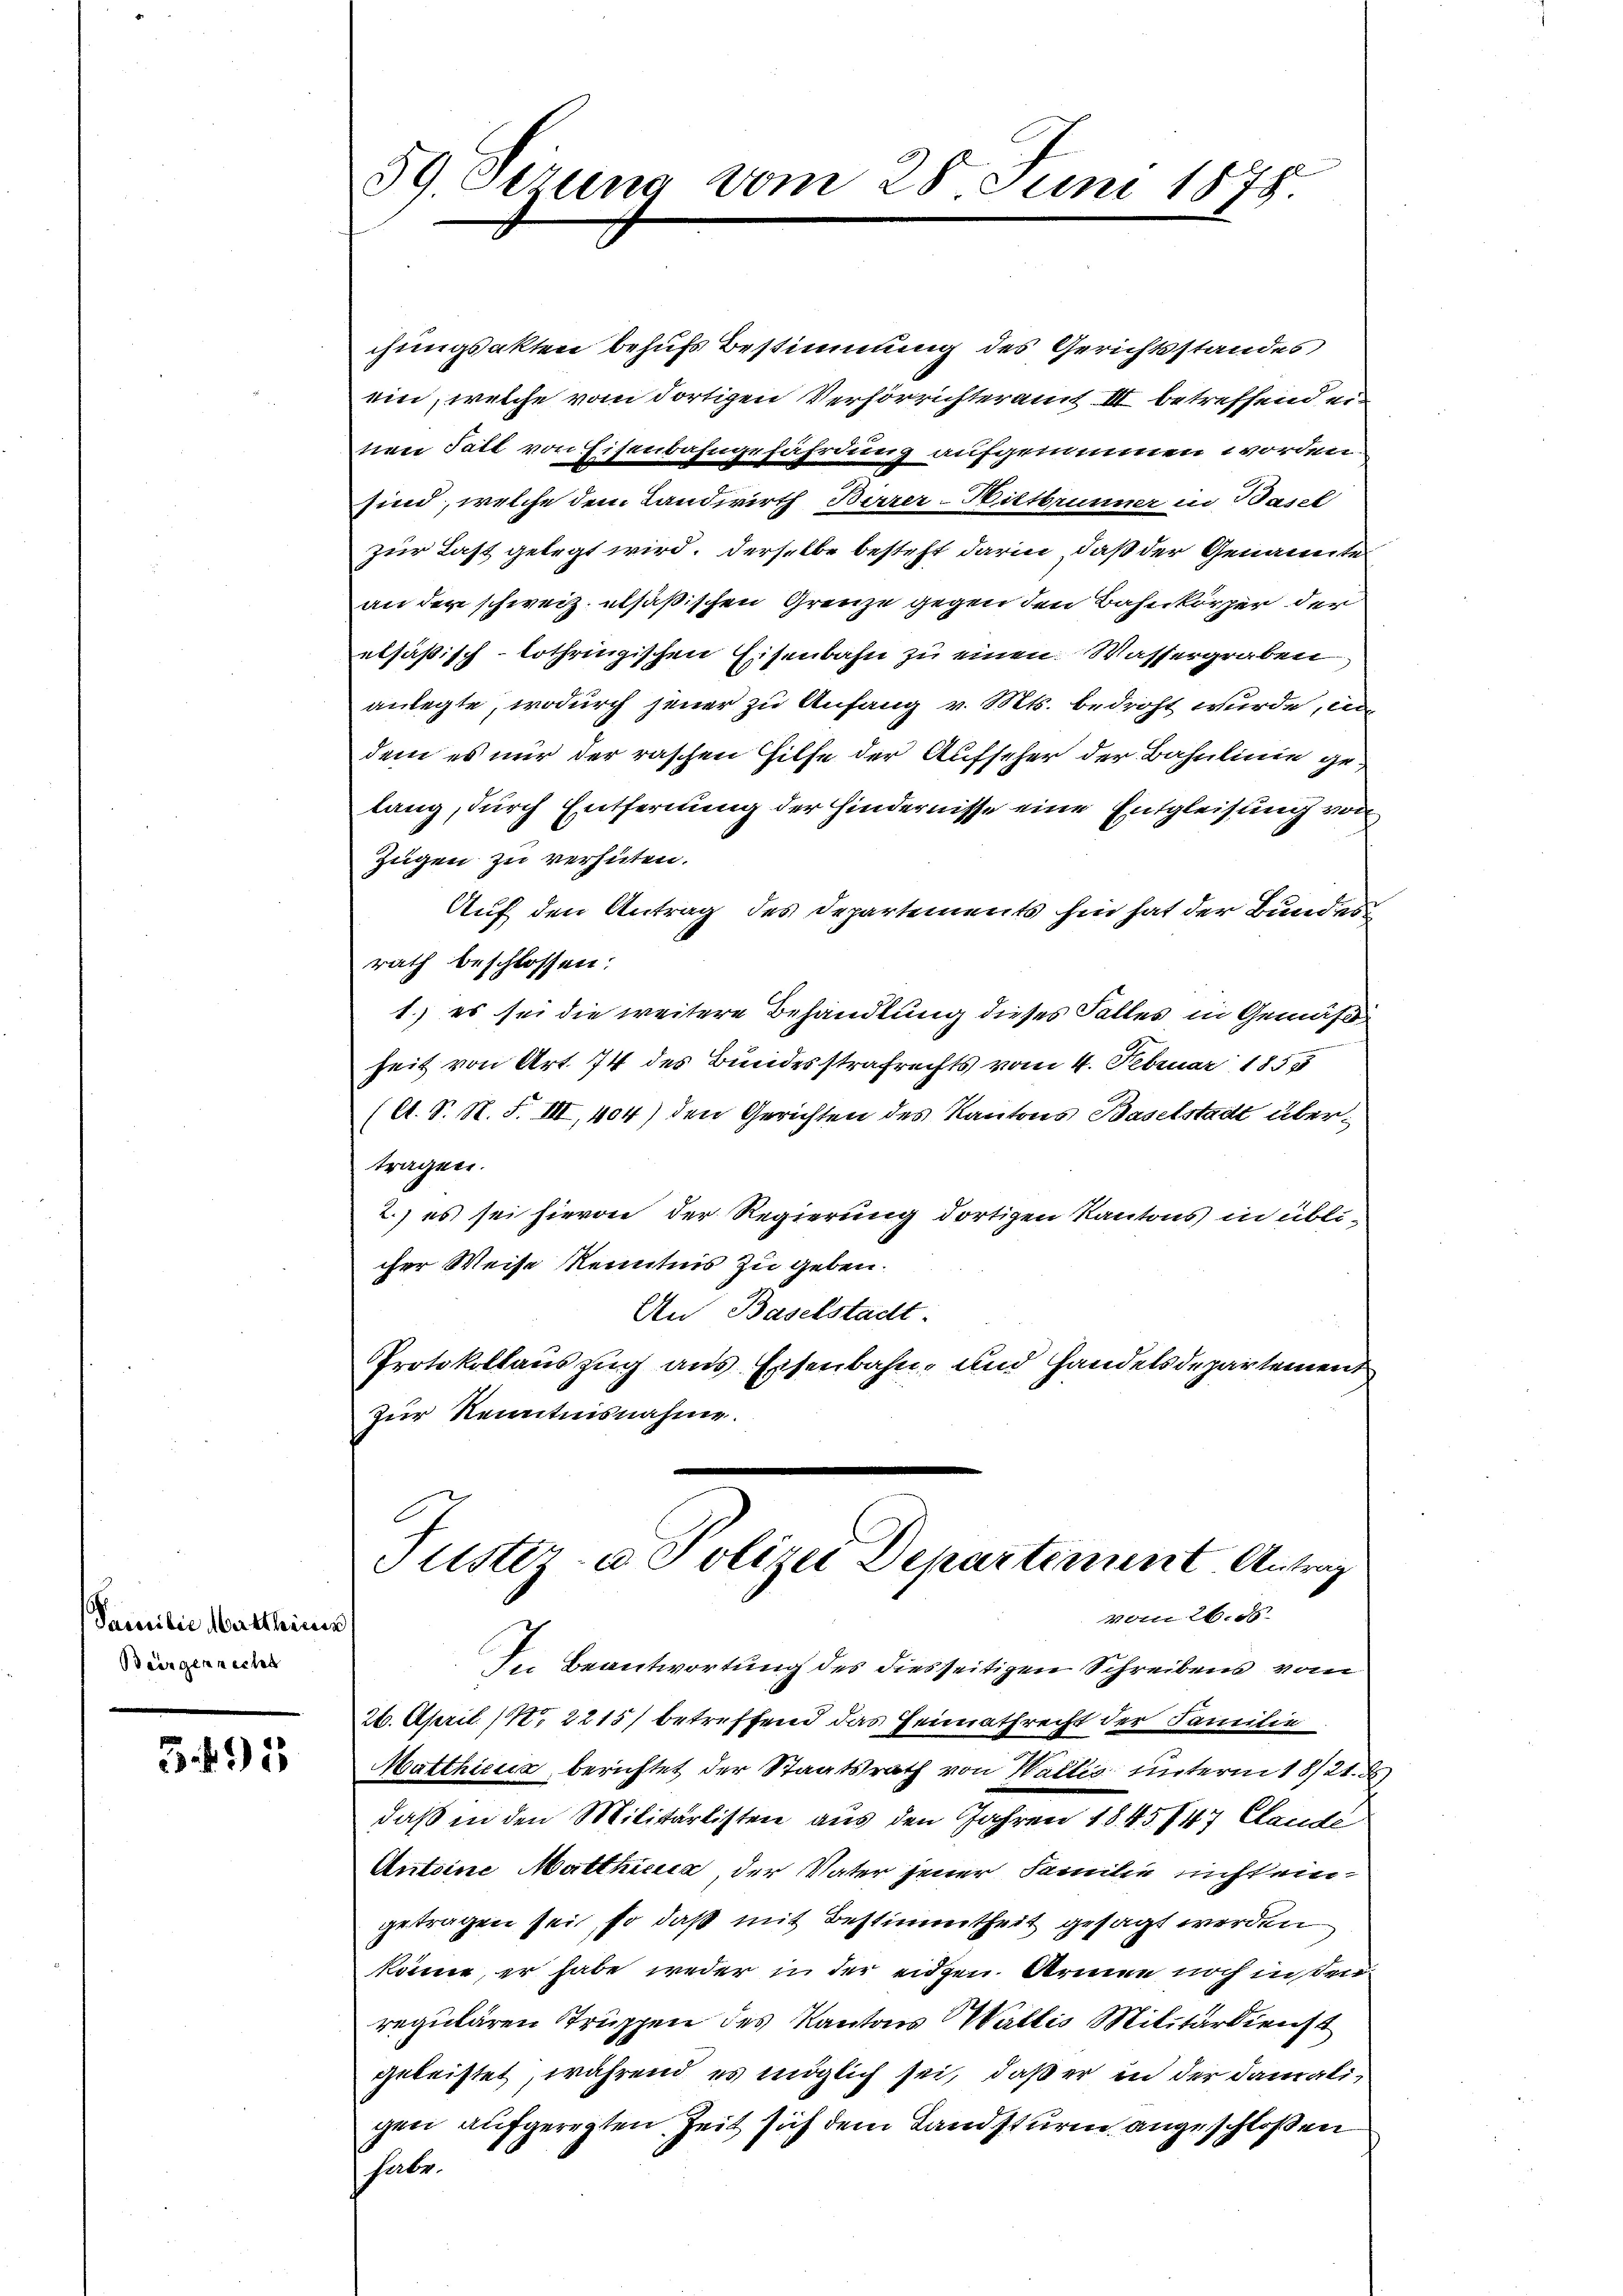
Pressibie Mittheien
Biirgenrecht

3.695

59 Jerung vom 28 Juni 1875

chungsakten behufs Bestimmung des Gerichtsstandes
ein, welche vom dortigen Verhörrichteramt III betreffend ein
nen Fall von Eisenbahngefährdung aufgenommen worden.
sind, welche dem Landwirth Birrer-Hittbrunner in Baul
zur Last gelegt wird. Derselbe besteht darin, daß der Genannte
an der schweiz. alsäßischen Grenze gegen den Bahnkörper der
elsäßisch-lothringischen Eisenbahn zu einen Wassergraben
anlegte, wodurch jener zu Anfang v. Mts. bedroht wurde, un
dem es nur der raschen Hilfe der Aufseher der Bahnlinie gelang, durch Entfernung der Hindernisse eine Entgleisung von
Zügen zu verhüten.
Auf den Antrag des Departements hin hat der Bundes
rath beschlossen:
1.) es sei die weitere Behandlung dieses Falles in Gemäß
heit von Art. 74 des Bundesstrafrechts vom 4. Februar 1858
(lt. S. N. F. III, 404) den Gerichten des Kantons Baselstadt übertragen.
2.) es sei hievon der Regierung dortigen Kantons in üblicher Weise Kenntnis zu geben.
An Baselstadt.
Protokollauszug aus Eisenbahn- und Handelsdepartement
zur Kenntnisnahme.

Justiz- u Polizei Departiment Antrag
vom 26. d.

der Beantwortung des diesseitigen Schreibens vom
26. April (N. 2215) betreffend das Heimathrecht der Familie
Matthicus berichtet der Staatsrath von Wallis unterm 18/21. d
daß in den Militärlisten aus den Jahren 1845 847 Claude
Antoine Matthicica der Vater jener Familie nicht eingetragen sei, so daß mit Bestimmtheit gesagt werden
könne, er habe weder in der eidgen. Armen noch in sei
regulären Truppen des Kantons Wallis Militärdienst
geleistet, während es möglich sei, daß er in der damaligen aufgeregten Zeit sich dem Landsturm angeschloßen
habe.